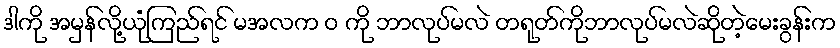
ဒါကို အမှန်လို့ယုံကြည်ရင် မအလက ဝ ကို ဘာလုပ်မလဲ တရုတ်ကိုဘာလုပ်မလဲဆိုတဲ့မေးခွန်းက